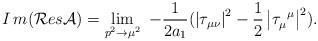
LaTeX: \begin{align*}I\,m({\cal R}es{\cal A})=\lim_{p^2\rightarrow \mu ^2}{\ -\frac1{2a_1}(\left| \tau _{\mu \nu }\right| ^2-\frac 12\left| \tau _\mu^{\,\,\,\mu }\right| ^2).} \end{align*}